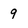
Character: 9